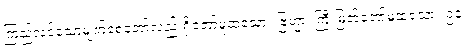
ကြည်လင်သောမျက်စေ့တော်လည်းရှိတော်မူထသော။ ဗြဟ္မာ၊ ကြီးမြတ်တော်မူထသော။ ဥဇူ၊